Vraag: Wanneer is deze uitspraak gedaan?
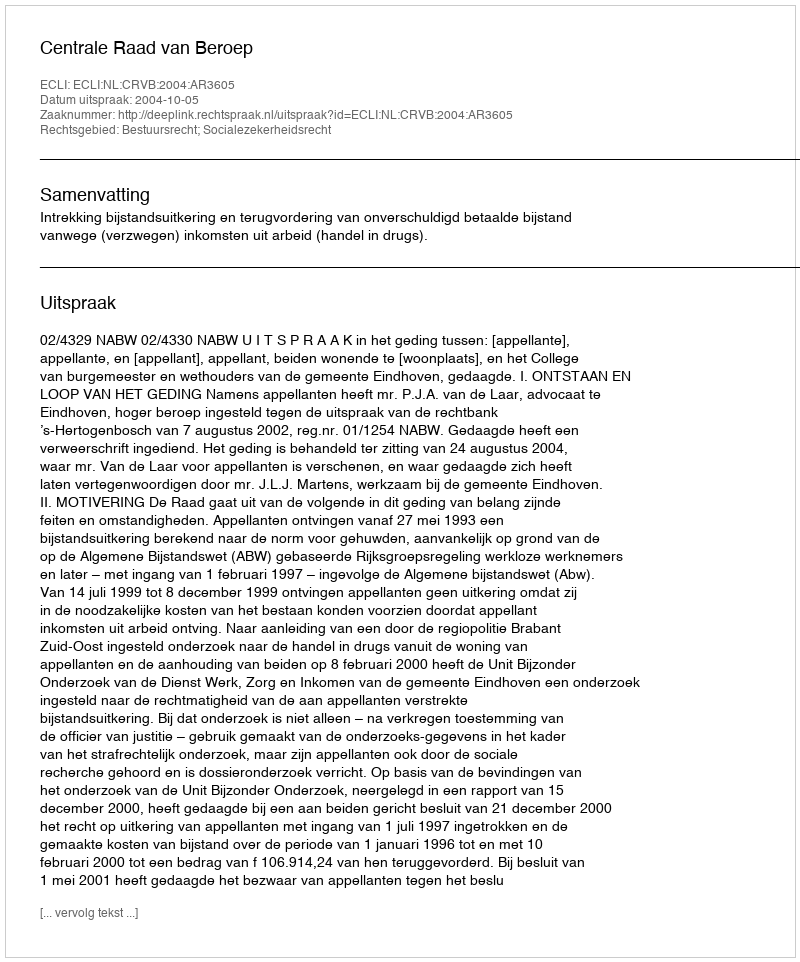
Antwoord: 2004-10-05